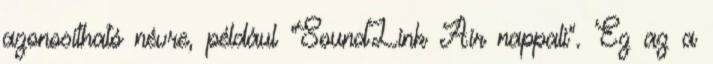
azonosítható névre, például "SoundLink Air nappali". Ez az a